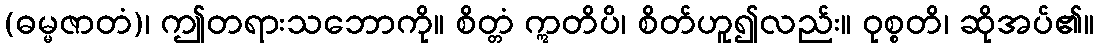
(ဓမ္မဇာတံ)၊ ဤတရားသဘောကို။ စိတ္တံ ဣတိပိ၊ စိတ်ဟူ၍လည်း။ ဝုစ္စတိ၊ ဆိုအပ်၏။